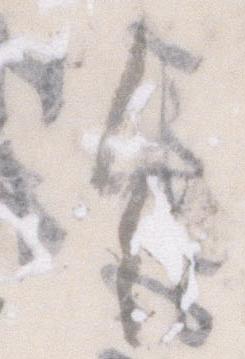
令